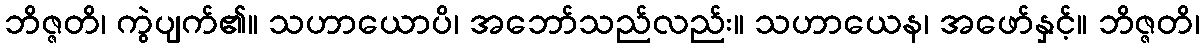
ဘိဇ္ဇတိ၊ ကွဲပျက်၏။ သဟာယောပိ၊ အဘော်သည်လည်း။ သဟာယေန၊ အဖော်နှင့်။ ဘိဇ္ဇတိ၊